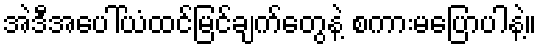
အဲဒီအပေါ်ယံထင်မြင်ချက်တွေနဲ့ စကားမပြောပါနဲ့။